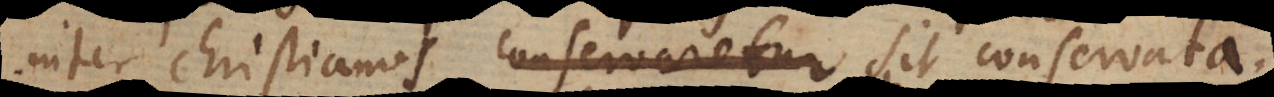
inter Christianos conservaretur sit conservata;